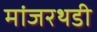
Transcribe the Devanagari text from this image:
मांजरथडी